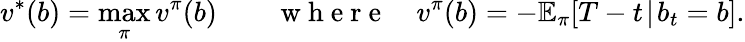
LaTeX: v^{*}(b)=\operatorname*{max}_{\pi}v^{\pi}(b)\qquad\mathrm{~w~h~e~r~e~}\quad v^{\pi}(b)=-\mathbb{E}_{\pi}[T-t\! \mid\! b_{t}=b].